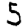
Digit: 5